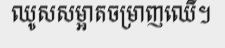
ឈូសសម្អាតចម្រាញឈើ។